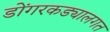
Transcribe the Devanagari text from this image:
डोंगरकड्यालगत